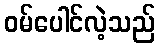
ဝမ်ပေါင်လဲ့သည်